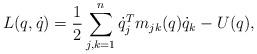
LaTeX: \begin{align*} L(q,\dot q)=\frac{1}{2} \sum_{j,k=1}^n \dot q_j^T m_{jk}(q)\dot q_k - U(q), \end{align*}